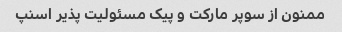
ممنون از سوپر مارکت و پیک مسئولیت پذیر اسنپ